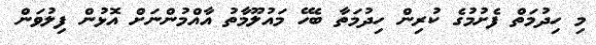
މި ހިދުމަތް ފެށުމުގެ ކުރިން ހިދުމަތާ ބެހޭ މައުލޫމާތު އާއްމުންނަށް އޮޅުން ފިލުވަން